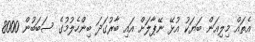
އެތައް މިލިއަން ބަޔަކު އުޅޭ ނޭޕާލަށް އައި ބާރުގަދަ ބިންހެލުމުގެ ސަބަބުން 8000